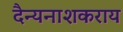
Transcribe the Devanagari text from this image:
दैन्यनाशकराय